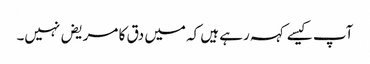
آپ کیسے کہہ رہے ہیں کہ میں دق کا مریض نہیں۔